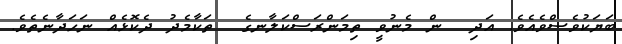
ބަޔަކުވެސްވެއެވެ. އަދި  ން މެނުވީ ތިމަންރަސްކަލާނގެ  ތަކާމެދު ދެކޮޅެއް ނަހަދާނެތެވެ.